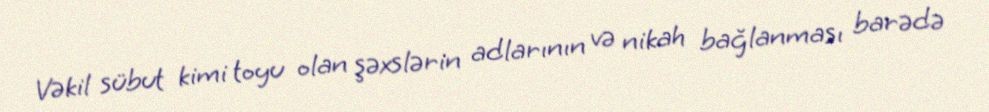
Vəkil sübut kimi toyu olan şəxslərin adlarının və nikah bağlanması barədə